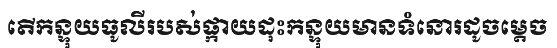
តើកន្ទុយធូលីរបស់ផ្កាយដុះកន្ទុយមានទំនោរដូចម្តេច